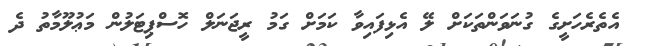
އެތެރެހަށީގެ ގުނަވަންތަކަށް ލޭ އެޅިފައިވާ ކަމަށް ގަމު ރީޖަނަލް ހޮސްޕިޓަލުން މަޢުލޫމާތު ދެ